Madras plague regulations and rules - Volume 2
Disease focus: Plague
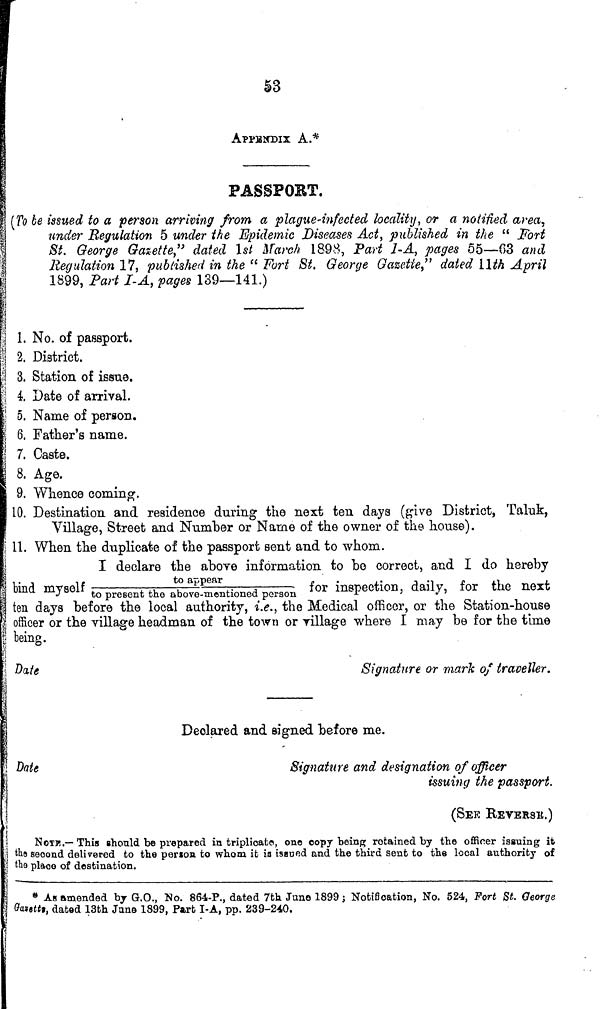
53
APPENDIX A.*
PASSPORT.
(To be issued to a person arriving from a plague-infected locality, or a notified area,
under Regulation 5 under the Epidemic Diseases Act, published in the "Fort
St. George Gazette," dated 1st March 1898, Part 1-A, pages 55—63 and
Regulation 17, published in the " Fort St. George Gaze-tie," dated 11th April
1899, Part I-A, pages 139—141.)
1. No. of passport.
2. District.
3. Station of issue.
4. Date of arrival.
5. Name of person.
6. Father's name.
7. Caste.
8. Age.
9. Whence coming.
10. Destination and residence during the next ten days (give District, Taluk,
Village, Street and Number or Name of the owner of the house).
11. When the duplicate of the passport sent and to whom.
I declare the above information to bo correct, and I do hereby
to
appear
bind myself to present the above-mentioned person inspection, daily, for the next
ten days before the local authority, i.e., the Medical officer, or the Station-house
officer or the village headman of the town or village where I may be for the time
being.
Date
Signature or mark of traveller.
Declared and signed before me.
Date
Signature and designation of officer
issuing the passport.
(SEE REVERSE.)
NOTE.—This should be prepared in triplicate, one copy being retained by the officer issuing it
the second delivered to the person, to whom it is issued and the third sent to the local authority of
the place of destination.
* As amended by G.O., No. 864-P., dated 7th June 1899 ; Notification, No. 524, Fort St. George
Gazette, dated 13th June 1899, Part I-A, pp. 239-240.